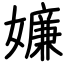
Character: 嬚